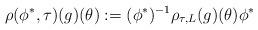
LaTeX: \begin{align*}\rho(\phi^*,\tau)(g)(\theta):=(\phi^*)^{-1}\rho_{\tau,L}(g)(\theta)\phi^*\end{align*}